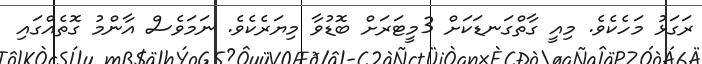
ރަގަޅު މަހެކެވެ. މިއީ ގާތްގަނޑަކަށް 3މީޓަރަށް ބޮޑުވާ މިޔަރެކެވެ. ނަމަވެސް އާންމު ގޮތެއްގައި